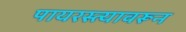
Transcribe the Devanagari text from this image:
पायरस्त्यावरून